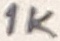
Text: 1K